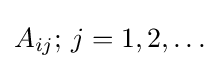
A_{ij};\,j=1,2,\ldots